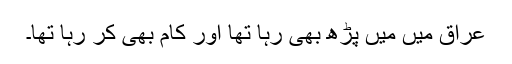
عراق میں میں پڑھ بھی رہا تھا اور کام بھی کر رہا تھا۔